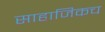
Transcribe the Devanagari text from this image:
साहाजिकच